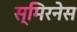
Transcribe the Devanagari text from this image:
स्मिरनेस